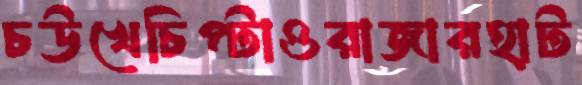
চউখেচিপ্‌টাওরাজারহাট